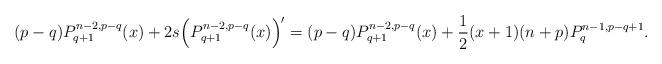
LaTeX: \begin{align*}(p-q)P_{q+1}^{n-2,p-q}(x)+2s\Big(P_{q+1}^{n-2,p-q}(x)\Big)'&=(p-q)P_{q+1}^{n-2,p-q}(x)+\frac{1}{2}(x+1)(n+p)P_q^{n-1,p-q+1}.\end{align*}